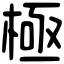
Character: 極